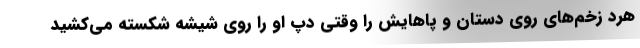
هرد زخم‌های روی دستان و پاهایش را وقتی دپ او را روی شیشه شکسته می‌کشید